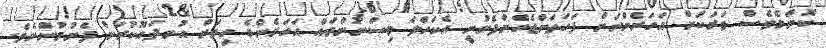
ކޮންމެވެސް ވަރަކަށް އަހަރެންނަށް ފަހަތަށްޖެހެންފެށުނީ އެކަހަލަ ވިސްނުންތައް އަހަރެންގެ ހިތަށް އުނދަގޫކުރަން ފެށުމުންނެވެ.